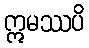
ဣမဿပိ